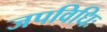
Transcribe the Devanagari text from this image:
जपविधिः